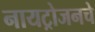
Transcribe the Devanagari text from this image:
नायट्रोजनचे